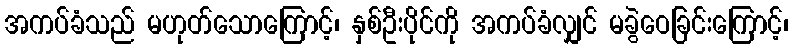
အကပ်ခံသည် မဟုတ်သောကြောင့်၊ နှစ်ဦးပိုင်ကို အကပ်ခံလျှင် မခွဲဝေခြင်းကြောင့်၊